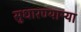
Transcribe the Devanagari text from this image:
सुधारण्याऱ्या